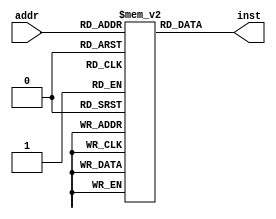
module inst_memory (addr,inst);

input [15:0] addr;
output [15:0] inst;

reg [15:0] mem [65535:0];

assign inst = mem [addr];

endmodule